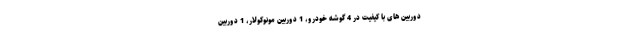
دوربین های با کیفیت در 4 گوشه خودرو، 1 دوربین مونوکولار، 1 دوربین